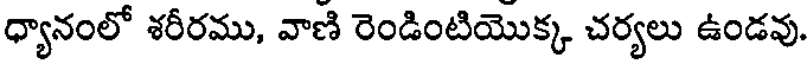
ధ్యానంలో శరీరము, వాణి రెండింటియొక్క చర్యలు ఉండవు.